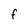
Character: f